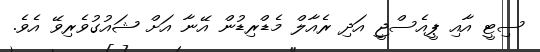
ސިޓީ އާއި ޕީއެސްޖީ އަދި ރެއާލް މެޑްރިޑުން އޭނާ އަށް ޝައުގުވެރިވޭ އެވެ.